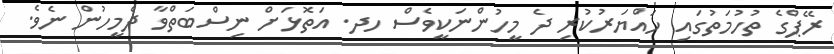
ރޭޕްގެ ތުހުމަތުގައި ހައްޔަރުކުރި ދެ މީހުންނަކީވެސް ހދ. އަތޮޅަށް ނިސްބަތްވާ ދެމީހުން ނެވެ.